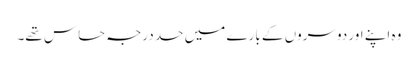
وہ اپنے اور دوسروں کے بارے میں حد درجہ حساس تھے۔